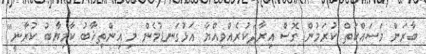
ބާރަށް މަސައްކަތް ކުރަމުން ގޮސް އިރާދަކުރެއްވިއްޔާ އަޅުގަނޑުމެން މި އިންތިޚާބު ކާމިޔާބު ކުރާނީ"